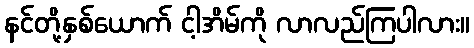
နင်တို့နှစ်ယောက် ငါ့အိမ်ကို လာလည်ကြပါလား။